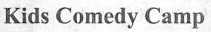
Kids Comedy Camp